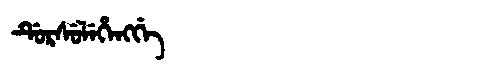
Manchu: ᡩᡠᡵᠰᡠᠯᡝᡥᡝᠩᡤᡝ
Romanization: DURSULEHENGGE